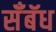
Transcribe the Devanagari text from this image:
सॅँबॅध